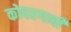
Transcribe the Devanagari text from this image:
कोपरगावी